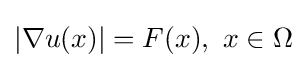
\displaystyle |\nabla u(x)|=F(x),\ x\in \Omega